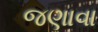
જણાવા